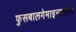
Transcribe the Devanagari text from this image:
फुसबालगेमाइनशाफ्ट